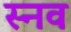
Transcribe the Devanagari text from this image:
स्नव